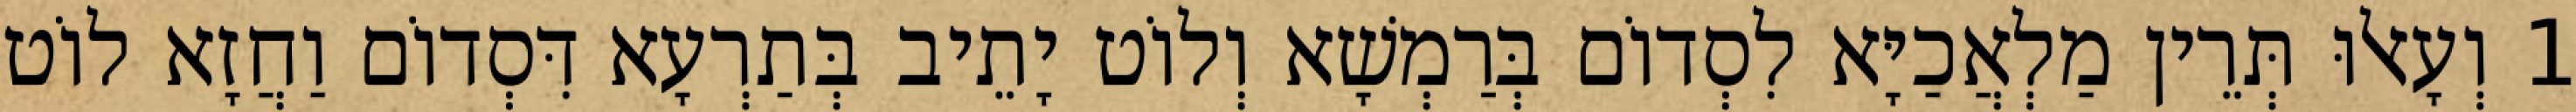
1 וְעָאלוּ תְּרֵין מַלְאֲכַיָּא לִסְדוֹם בְּרַמְשָׁא וְלוֹט יָתֵיב בְּתַרְעָא דִּסְדוֹם וַחֲזָא לוֹט